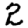
Digit: 2